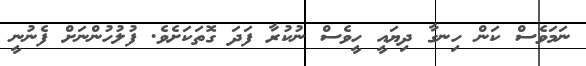
ނަމަވެސް ކަން ހިނގާ ދިޔައީ ހީވެސް ނުކުރާ ފަދަ ގޮތަކަށެވެ. ފުލުހުންނަށް ފެނުނީ